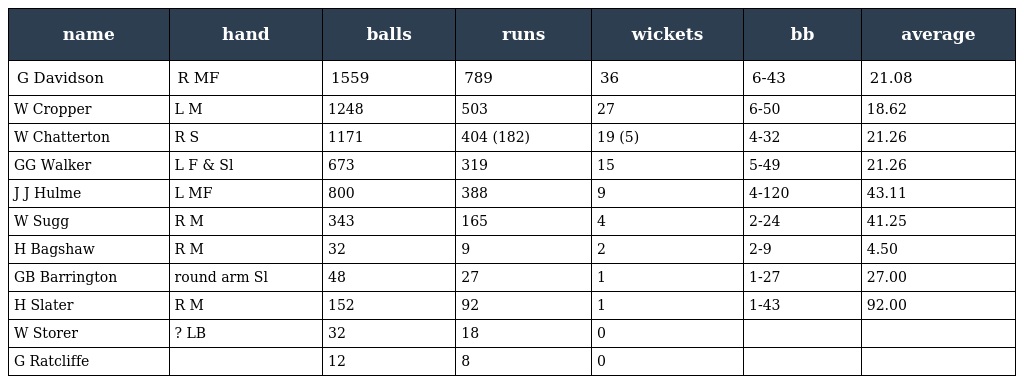
| name | hand | balls | runs | wickets | bb | average |
 | --- | --- | --- | --- | --- | --- | --- |
 | G Davidson | R MF | 1559 | 789 | 36 | 6-43 | 21.08 |
 | W Cropper | L M | 1248 | 503 | 27 | 6-50 | 18.62 |
 | W Chatterton | R S | 1171 | 404 (182) | 19 (5) | 4-32 | 21.26 |
 | GG Walker | L F & Sl | 673 | 319 | 15 | 5-49 | 21.26 |
 | J J Hulme | L MF | 800 | 388 | 9 | 4-120 | 43.11 |
 | W Sugg | R M | 343 | 165 | 4 | 2-24 | 41.25 |
 | H Bagshaw | R M | 32 | 9 | 2 | 2-9 | 4.50 |
 | GB Barrington | round arm Sl | 48 | 27 | 1 | 1-27 | 27.00 |
 | H Slater | R M | 152 | 92 | 1 | 1-43 | 92.00 |
 | W Storer | ? LB | 32 | 18 | 0 |  |  |
 | G Ratcliffe |  | 12 | 8 | 0 |  |  |